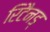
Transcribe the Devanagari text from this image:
रिटैनड्